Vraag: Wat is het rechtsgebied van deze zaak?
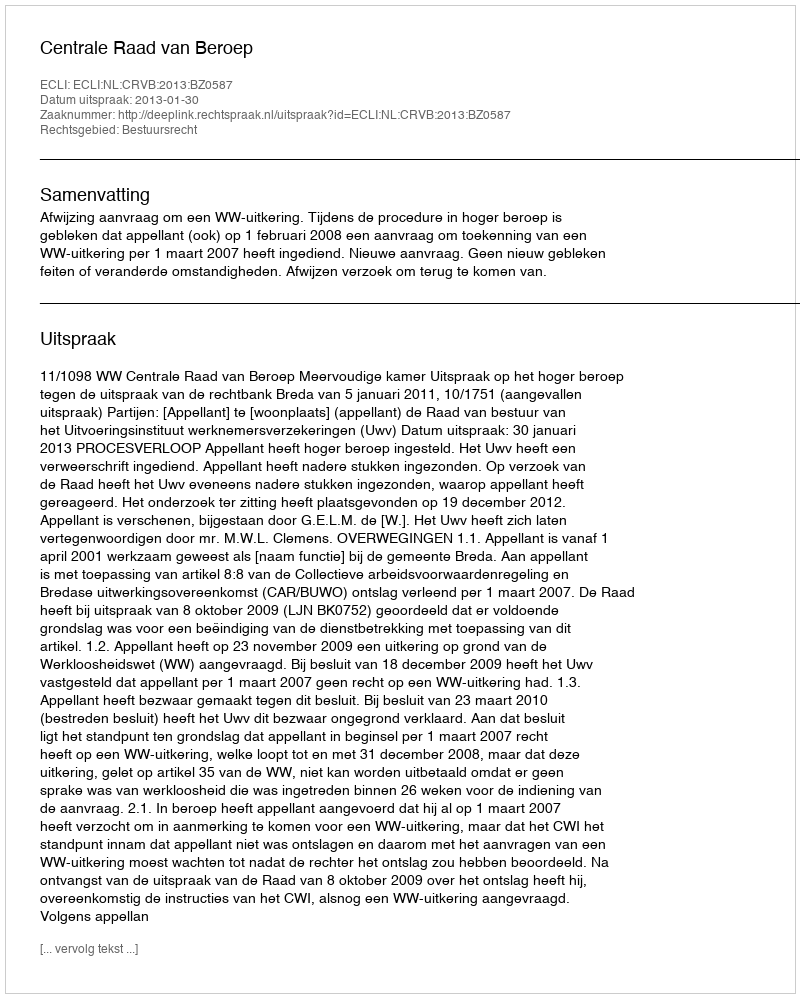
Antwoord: Bestuursrecht